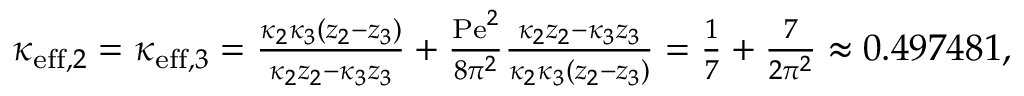
\begin{array} { r l } & { \kappa _ { \mathrm { e f f } , 2 } = \kappa _ { \mathrm { e f f } , 3 } = \frac { \kappa _ { 2 } \kappa _ { 3 } \left( z _ { 2 } - z _ { 3 } \right) } { \kappa _ { 2 } z _ { 2 } - \kappa _ { 3 } z _ { 3 } } + \frac { \mathrm { P e } ^ { 2 } } { 8 \pi ^ { 2 } } \frac { \kappa _ { 2 } z _ { 2 } - \kappa _ { 3 } z _ { 3 } } { \kappa _ { 2 } \kappa _ { 3 } \left( z _ { 2 } - z _ { 3 } \right) } = \frac { 1 } { 7 } + \frac { 7 } { 2 \pi ^ { 2 } } \approx 0 . 4 9 7 4 8 1 , } \end{array}